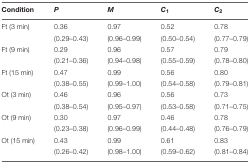
| Condition | P | M | C1 | C2 |
 | --- | --- | --- | --- | --- |
 | Ft (3 min) | 0.36 | 0.97 | 0.52 | 0.78 |
 |  | (0.29–0.43) | (0.96–0.99) | (0.50–0.54) | (0.77–0.79) |
 | Ft (9 min) | 0.29 | 0.96 | 0.57 | 0.79 |
 |  | (0.21–0.36) | (0.94–0.98) | (0.55–0.59) | (0.78–0.80) |
 | Ft (15 min) | 0.47 | 0.99 | 0.56 | 0.80 |
 |  | (0.38–0.55) | (0.99–1.00) | (0.54–0.58) | (0.79–0.81) |
 | Ot (3 min) | 0.46 | 0.96 | 0.56 | 0.73 |
 |  | (0.38–0.54) | (0.95–0.97) | (0.53–0.58) | (0.71–0.75) |
 | Ot (9 min) | 0.30 | 0.97 | 0.46 | 0.78 |
 |  | (0.23–0.38) | (0.96–0.99) | (0.44–0.48) | (0.76–0.79) |
 | Ot (15 min) | 0.43 | 0.99 | 0.61 | 0.83 |
 |  | (0.26–0.42) | (0.98–1.00) | (0.59–0.62) | (0.81–0.84) |